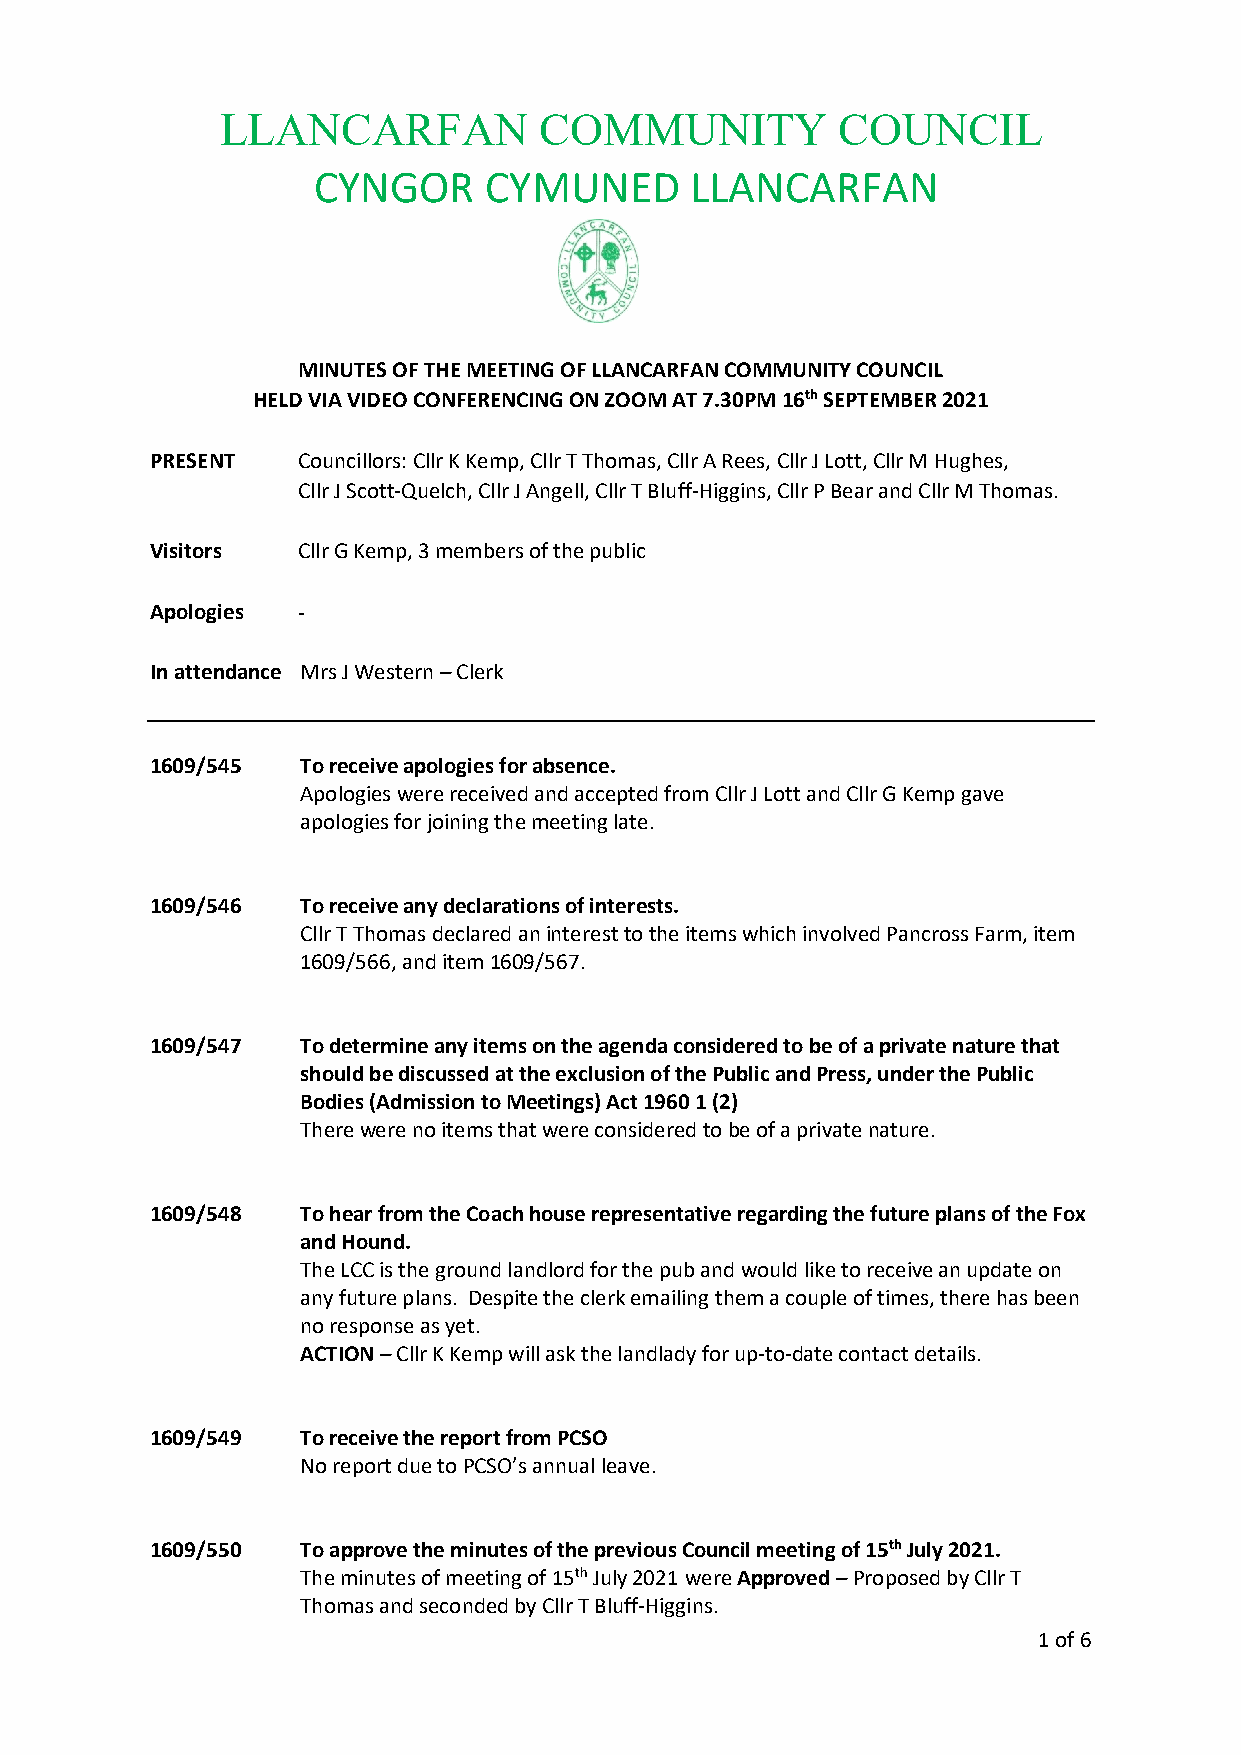
LLANCARFAN           COMMUNITY           COUNCIL
 CYNGOR     CYMUNED       LLANCARFAN
 MINUTES OF THE MEETING OF LLANCARFAN COMMUNITY COUNCIL
 HELD VIA VIDEO CONFERENCING ON ZOOM AT 7.30PM 16th SEPTEMBER 2021
 PRESENT   Councillors: Cllr K Kemp, Cllr T Thomas, Cllr A Rees, Cllr J Lott, Cllr M Hughes,
 Cllr J Scott-Quelch, Cllr J Angell, Cllr T Bluff-Higgins, Cllr P Bear and Cllr M Thomas.
 Visitors  Cllr G Kemp, 3 members of the public
 Apologies -
 In attendance Mrs J Western – Clerk
 1609/545  To receive apologies for absence.
 Apologies were received and accepted from Cllr J Lott and Cllr G Kemp gave
 apologies for joining the meeting late.
 1609/546  To receive any declarations of interests.
 Cllr T Thomas declared an interest to the items which involved Pancross Farm, item
 1609/566, and item 1609/567.
 1609/547  To determine any items on the agenda considered to be of a private nature that
 should be discussed at the exclusion of the Public and Press, under the Public
 Bodies (Admission to Meetings) Act 1960 1 (2)
 There were no items that were considered to be of a private nature.
 1609/548  To hear from the Coach house representative regarding the future plans of the Fox
 and Hound.
 The LCC is the ground landlord for the pub and would like to receive an update on
 any future plans. Despite the clerk emailing them a couple of times, there has been
 no response as yet.
 ACTION – Cllr K Kemp will ask the landlady for up-to-date contact details.
 1609/549  To receive the report from PCSO
 No report due to PCSO’s annual leave.
 1609/550  To approve the minutes of the previous Council meeting of 15th July 2021.
 The minutes of meeting of 15th July 2021 were Approved – Proposed by Cllr T
 Thomas and seconded by Cllr T Bluff-Higgins.
 1 of 6